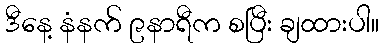
ဒီနေ့ နံနက် ၉နာရီက စပြီး ချထားပါ။